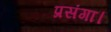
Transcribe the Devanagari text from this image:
प्रसंगा।